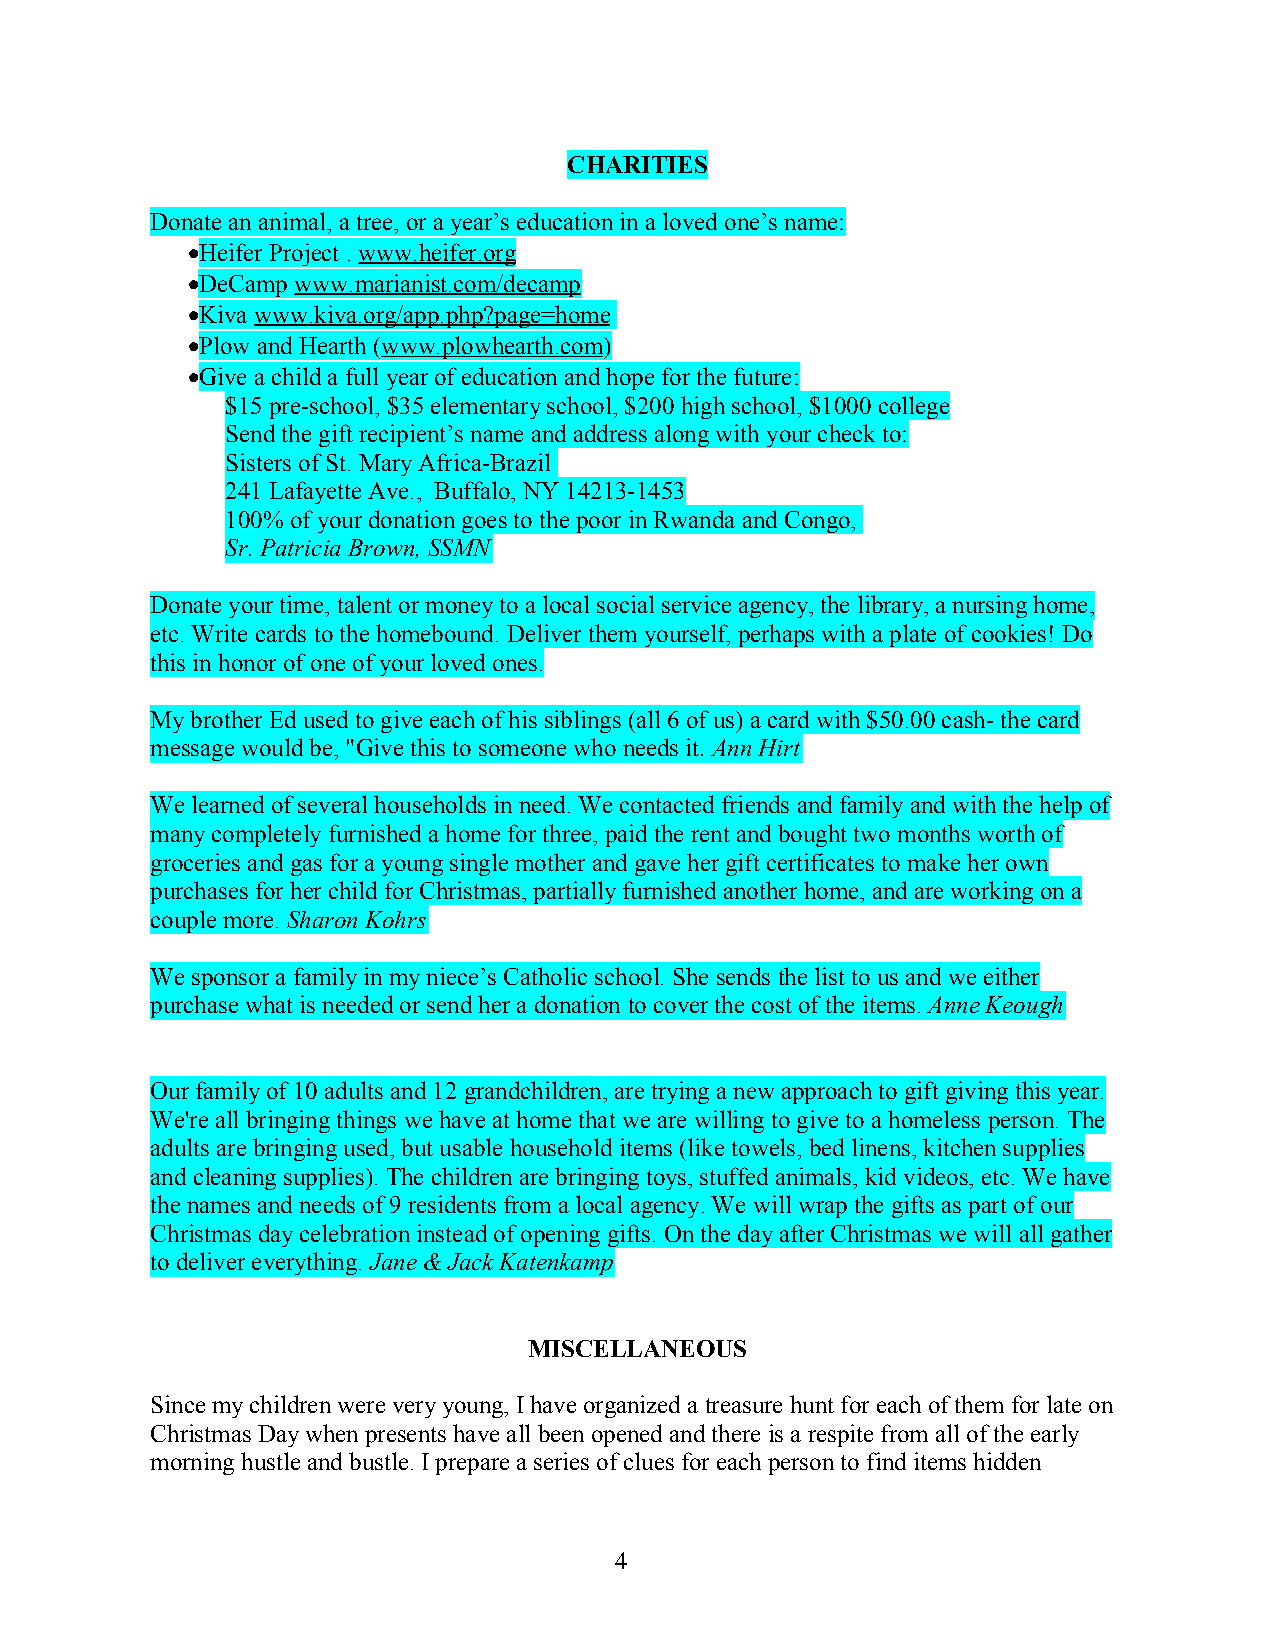
CHARITIES
 Donate an animal, a tree, or a year’s education in a loved one’s name:
 •Heifer Project . www.heifer.org
 •DeCamp www.marianist.com/decamp
 •Kiva www.kiva.org/app.php?page=home
 •Plow and Hearth (www.plowhearth.com)
 •Give a child a full year of education and hope for the future:
 $15 pre-school, $35 elementary school, $200 high school, $1000 college
 Send the gift recipient’s name and address along with your check to:
 Sisters of St. Mary Africa-Brazil
 241 Lafayette Ave., Buffalo, NY 14213-1453
 100% of your donation goes to the poor in Rwanda and Congo,
 Sr. Patricia Brown, SSMN
 Donate your time, talent or money to a local social service agency, the library, a nursing home,
 etc. Write cards to the homebound. Deliver them yourself, perhaps with a plate of cookies! Do
 this in honor of one of your loved ones.
 My brother Ed used to give each of his siblings (all 6 of us) a card with $50.00 cash- the card
 message would be, "Give this to someone who needs it. Ann Hirt
 We learned of several households in need. We contacted friends and family and with the help of
 many completely furnished a home for three, paid the rent and bought two months worth of
 groceries and gas for a young single mother and gave her gift certificates to make her own
 purchases for her child for Christmas, partially furnished another home, and are working on a
 couple more. Sharon Kohrs
 We sponsor a family in my niece’s Catholic school. She sends the list to us and we either
 purchase what is needed or send her a donation to cover the cost of the items. Anne Keough
 Our family of 10 adults and 12 grandchildren, are trying a new approach to gift giving this year.
 We're all bringing things we have at home that we are willing to give to a homeless person. The
 adults are bringing used, but usable household items (like towels, bed linens, kitchen supplies
 and cleaning supplies). The children are bringing toys, stuffed animals, kid videos, etc. We have
 the names and needs of 9 residents from a local agency. We will wrap the gifts as part of our
 Christmas day celebration instead of opening gifts. On the day after Christmas we will all gather
 to deliver everything. Jane & Jack Katenkamp
 MISCELLANEOUS
 Since my children were very young, I have organized a treasure hunt for each of them for late on
 Christmas Day when presents have all been opened and there is a respite from all of the early
 morning hustle and bustle. I prepare a series of clues for each person to find items hidden
 4